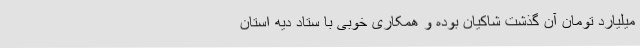
میلیارد تومان آن گذشت شاکیان بوده و همکاری خوبی با ستاد دیه استان